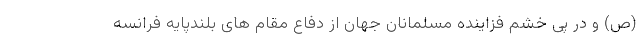
(ص) و در پی خشم فزاینده مسلمانان جهان از دفاع مقام های بلندپایه فرانسه